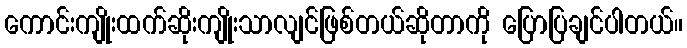
ကောင်းကျိုးထက်ဆိုးကျိုးသာလျင်ဖြစ်တယ်ဆိုတာကို ပြောပြချင်ပါတယ်။